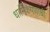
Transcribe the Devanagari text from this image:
धार्मिकपणाची